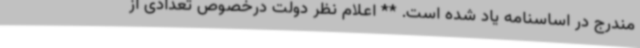
مندرج در اساسنامه یاد شده است. ** اعلام نظر دولت درخصوص تعدادی از